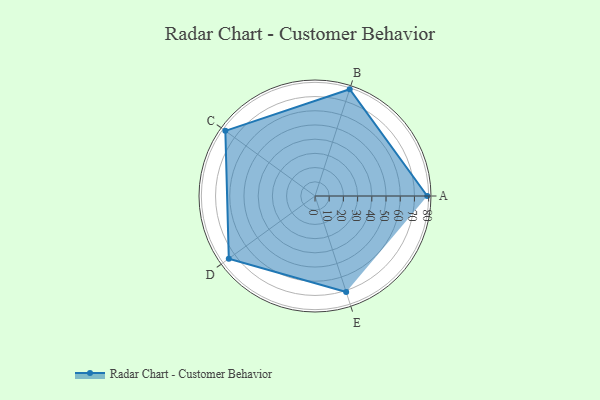
{"axis": {"x": "Skill", "y": "Score"}, "legend": ["Profile"], "data": [{"x": "A", "y": 79.0, "type": "Profile"}, {"x": "B", "y": 79.0, "type": "Profile"}, {"x": "C", "y": 78.0, "type": "Profile"}, {"x": "D", "y": 75.0, "type": "Profile"}, {"x": "E", "y": 71.0, "type": "Profile"}]}